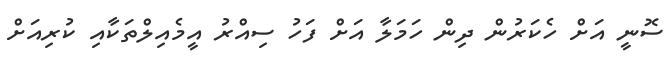
ސޮނީ އަށް ހެކަރުން ދިން ހަމަލާ އަށް ފަހު ސިއްރު އީމެއިލްތަކާއި ކުރިއަށް